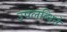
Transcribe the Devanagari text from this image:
उपलब्धिने